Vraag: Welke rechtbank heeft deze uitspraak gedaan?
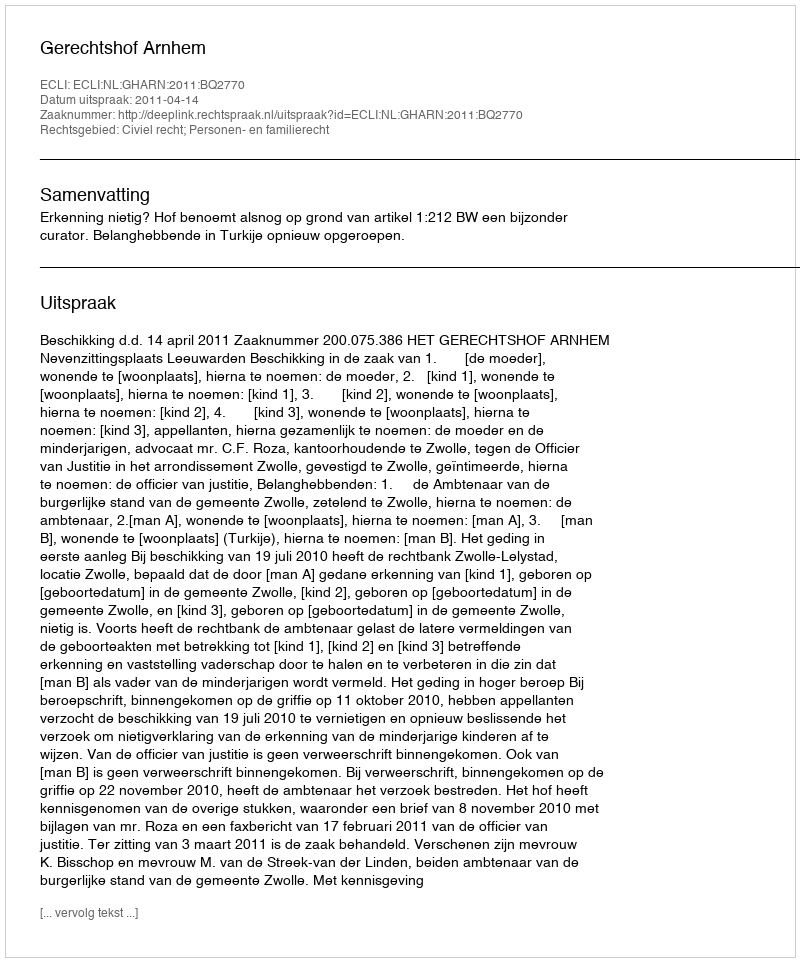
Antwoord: Gerechtshof Arnhem